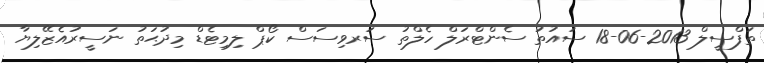
ތަފްސީލް 2013-06-18 ސައުތު ސެންޓްރަލް ހެލްތު ސަރވިސަސް ކޯޕް ލިމިޓެޑް މިދުޙަތު ނަސީރުއެޒޭލިޔާ